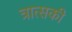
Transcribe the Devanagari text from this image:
त्रात्सकी